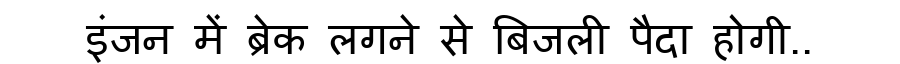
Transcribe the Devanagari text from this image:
इंजन में ब्रेक लगने से बिजली पैदा होगी..